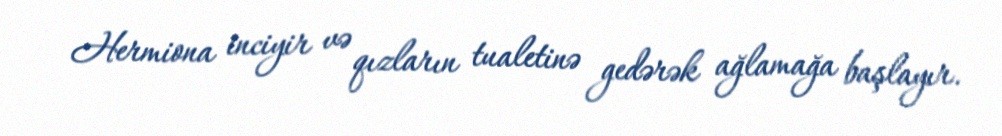
Hermiona inciyir və qızların tualetinə gedərək ağlamağa başlayır.